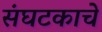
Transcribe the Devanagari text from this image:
संघटकाचे